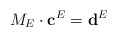
\begin{align*}M_E\cdot \mathbf{c}^E=\mathbf{d}^E\end{align*}